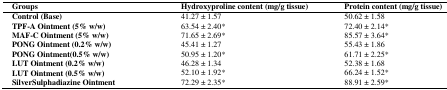
<table><thead><tr><td><b>Groups</b></td><td><b>Hydroxyproline content (mg/g tissue)</b></td><td><b>Protein content (mg/g tissue)</b></td></tr></thead><tbody><tr><td><b>Control (Base)</b></td><td>41.27 ± 1.57</td><td>50.62 ± 1.58</td></tr><tr><td><b>TPF-A Ointment (5% w/w)</b></td><td>63.54 ± 2.40*</td><td>72.40 ± 2.14*</td></tr><tr><td><b>MAF-C Ointment (5% w/w)</b></td><td>71.65 ± 2.69*</td><td>85.57 ± 3.64*</td></tr><tr><td><b>PONG Ointment (0.2% w/w)</b></td><td>45.41 ± 1.27</td><td>55.43 ± 1.86</td></tr><tr><td><b>PONG Ointment(0.5% w/w)</b></td><td>50.95 ± 1.20*</td><td>61.71 ± 2.25*</td></tr><tr><td><b>LUT Ointment (0.2% w/w)</b></td><td>46.28 ± 1.34</td><td>52.38 ± 1.68</td></tr><tr><td><b>LUT Ointment (0.5% w/w)</b></td><td>52.10 ± 1.92*</td><td>66.24 ± 1.52*</td></tr></tbody></table>